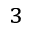
^ 3